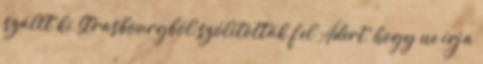
szállt ki Strasbourgból szólították fel Ádert, hogy ne írja